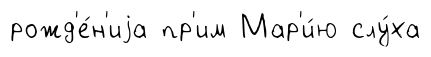
рожд'е́н'иjа пр'им Мар'и́ю слу́ха